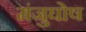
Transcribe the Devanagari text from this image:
मंजुघोष